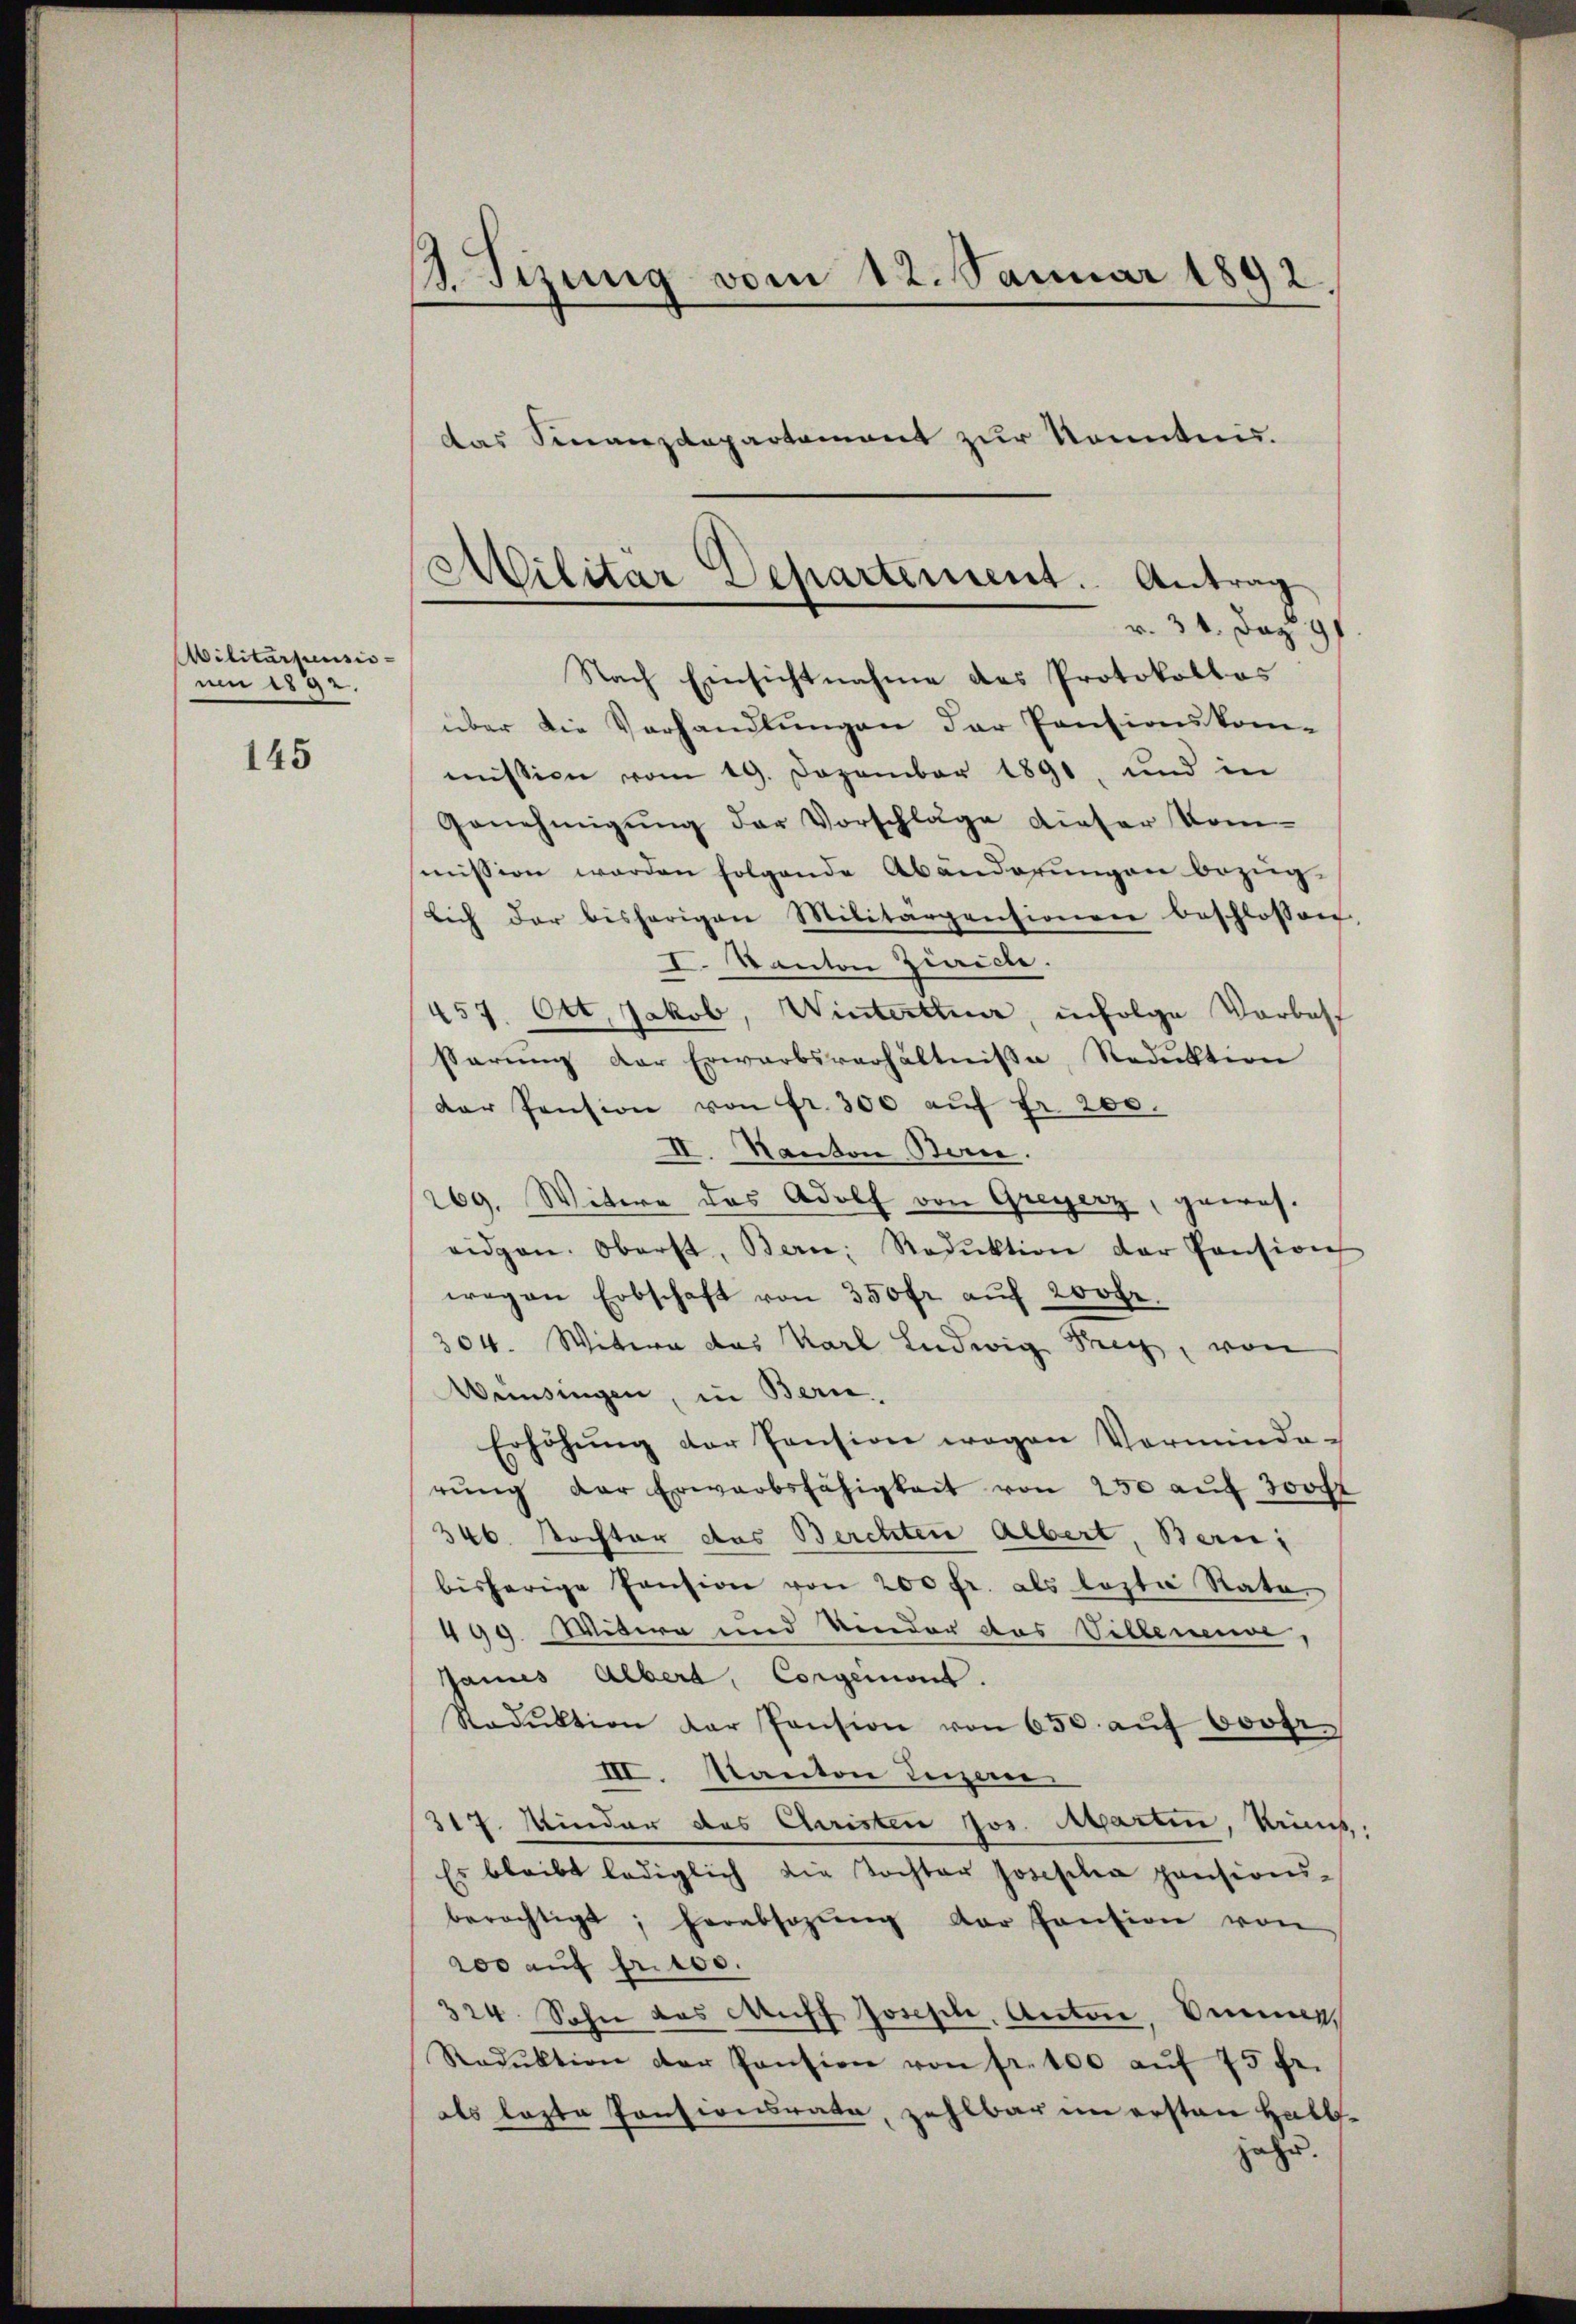
Militärpensis-
um 1892.

145

.Sizung vom 12. Januar 1892.
das Finanzdepartement zur konnten.

Militär Departement. Antrag
v. 31. Jac

Nach Einsichtnahme des Protokollas
über die Verhandlungen der Pensionskom-
mission vom 19. Dezember 1891, und in
Genehmigŭng der Vorschläge dieser Kom-
ṁission werden folgende Abänderŭngen bezüg-
lich der bisherigen Militärgensionen beschlossen,
I. Kanton Zürich.
457. Ott. Jakob, Winterttuar, infolge Vorbest
sarŭng der Erwarbsverhältniße, Reduktion
der Pension von fr. 300 aŭf fr. 200.
II. Kanton Bern.
269. Witwe des Adolf von Greyerz, gewes-
eidgen. Oberst, Bern, Reduktion der Pension
wegen Erbschaft von 350 fr. aŭf 200fr.
304. Weitern das Karl Ludwig Frey, von
Wünsingen, in Bern,
Erhöhŭng der Pension wegen Vormunda-
rŭng der Erwarbsfähigkeit von 250 auf sooft
346. Kochter des Berchten Albert, Ban
bisherige Pension von 200 fr. als lezte Rata
499. Witere und Kinder das Villenen,
James Alber, Corgeniert.
Stadŭktion der Pension von 650. aŭf bootr.
III. Kanton Luzern
317. Minder des Christen Jos. Martin, keines,
Es bleibt lediglich die Tochter Josefilia pensions-
berechtigt, herabsozŭng der Pantion von
200 auf fr. 100.
324. Sohn das Auff Joseph, Anton, Anm.
Redŭktion der Pension von fr. 100 aŭf 75 fr.
als lezte Pensionsrate, zahlbar im ersten Halb-
jahr.